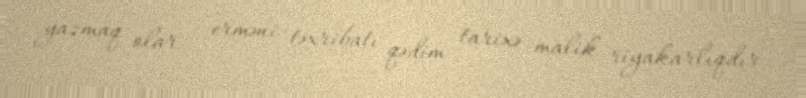
yazmaq olar – erməni təxribatı qədim tarixə malik riyakarlıqdır.